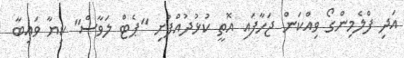
އަދި ފްލެމިންގޯ ވިއްކަން ޖަހާފައި އޮތީ ކުޅުދުއްފުށި "ޕެޓް ލަވާސް" ކިޔާ ވައިބާ